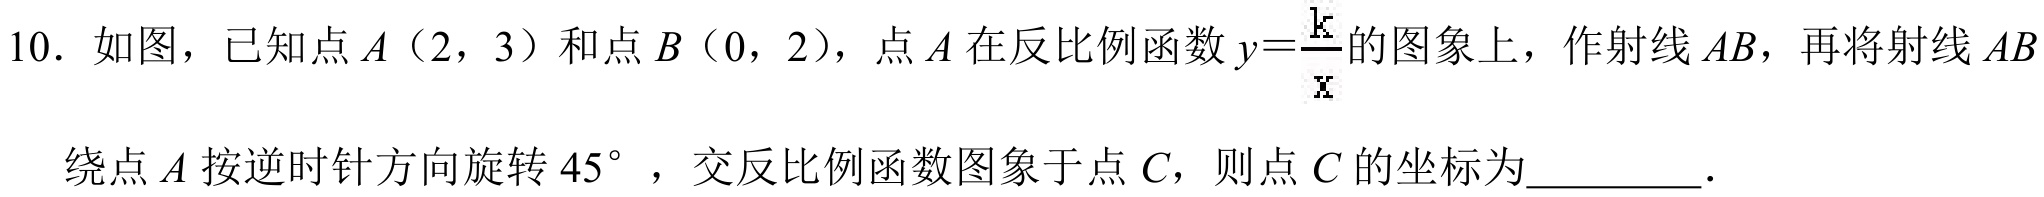
10. 如图，已知点\(A\)（2，3）和点\(B\)（0，2），点\(A\)在反比例函数\(y = \frac{k}{x}\)的图象上，作射线\(AB\)，再将射线\(AB\)
绕点\(A\)按逆时针方向旋转\(45^{\circ}\)，交反比例函数图象于点\(C\)，则点\(C\)的坐标为\(\underline{\quad\quad}\).